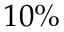
1 0 \%